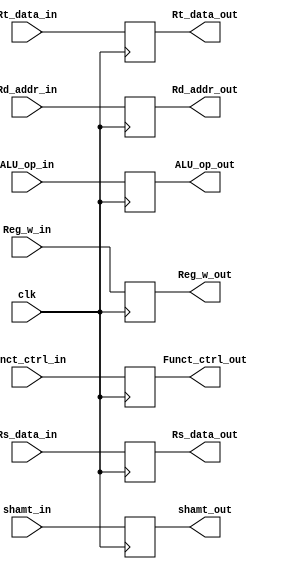
module ID_EX
(
    input [31:0] Rs_data_in, Rt_data_in,
    input [1:0] ALU_op_in,
    input [5:0] Funct_ctrl_in,
    input [4:0] shamt_in,
    input [4:0] Rd_addr_in,
    input Reg_w_in,
    input clk,
    output reg [31:0] Rs_data_out, Rt_data_out,
    output reg [5:0] Funct_ctrl_out,
    output reg [4:0] shamt_out,
    output reg [4:0] Rd_addr_out,
    output reg [1:0] ALU_op_out,
    output reg Reg_w_out
);

    always @(negedge clk)
    begin
        Rs_data_out <= Rs_data_in;
        Rt_data_out <= Rt_data_in;
        Rd_addr_out <= Rd_addr_in;
        shamt_out <= shamt_in;
        Funct_ctrl_out <= Funct_ctrl_in;
        ALU_op_out <= ALU_op_in;
        Reg_w_out <= Reg_w_in;
    end

endmodule